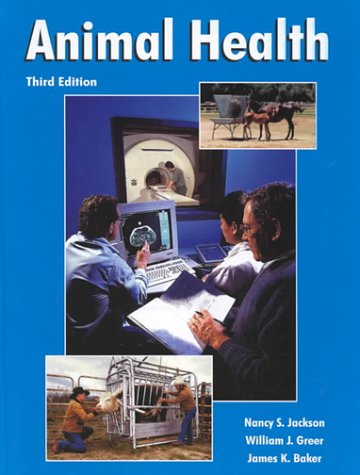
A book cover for Animal Health (3rd Edition); Nancy S. Jackson; Medical Books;